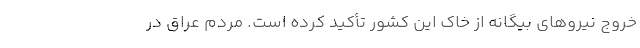
خروج نیروهای بیگانه از خاک این کشور تأکید کرده است. مردم عراق در